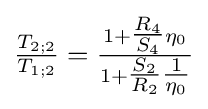
{\tfrac {T_{2;2}}{T_{1;2}}}={\tfrac {1+{\tfrac {R_{4}}{S_{4}}}\eta _{0}}{1+{\tfrac {S_{2}}{R_{2}}}{\tfrac {1}{\eta _{0}}}}}